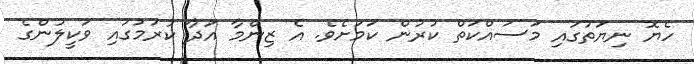
ހެޔޮ ނިޔަތުގައި މަސައްކަތް ކުރުން ކަމަށެވެ. އެ ޒިންމާ އަދާ ކުރުމުގައި ވަކީލުންގެ